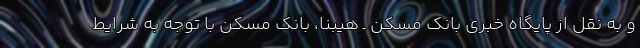
و به نقل از پایگاه خبری بانک مسکن ـ هیبنا، بانک مسکن با توجه به شرایط